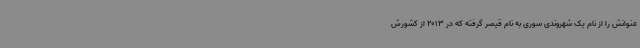
عنوانش را از نام یک شهروندی سوری به نام قیصر گرفته که در 2013 از کشورش